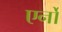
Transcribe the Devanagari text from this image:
एर्नो